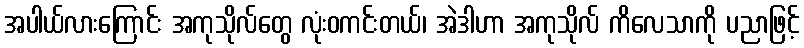
အပါယ်လားကြောင်း အကုသိုလ်တွေ လုံးဝကင်းတယ်၊ အဲဒါဟာ အကုသိုလ် ကိလေသာကို ပညာဖြင့်